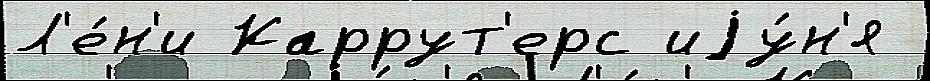
Л'е́н'и Каррут'ерс иjу́н'я